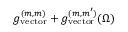
g _ { \mathrm { v e c t o r } } ^ { ( m , m ) } + g _ { \mathrm { v e c t o r } } ^ { ( m , m ^ { \prime } ) } ( \Omega )